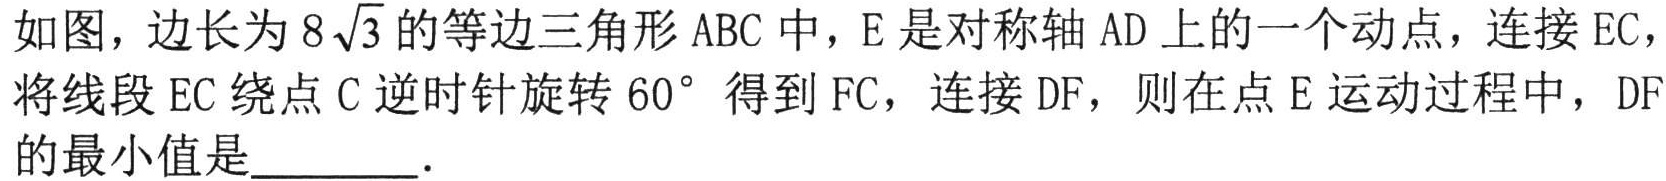
如图，边长为$8\sqrt{3}$的等边三角形$\text{ABC}$中，$\text{E}$是对称轴$\text{AD}$上的一个动点，连接$\text{EC}$，将线段$\text{EC}$绕点$\text{C}$逆时针旋转$60^{\circ}$得到$\text{FC}$，连接$\text{DF}$，则在点$\text{E}$运动过程中，$\text{DF}$的最小值是________．